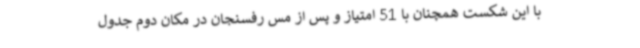
با این شکست همچنان با 51 امتیاز و پس از مس رفسنجان در مکان دوم جدول